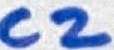
Text: C2